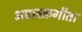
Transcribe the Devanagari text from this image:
अष्टावक्रगीता